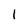
Character: 1